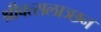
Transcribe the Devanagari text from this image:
श्रीवत्सलाञ्छन